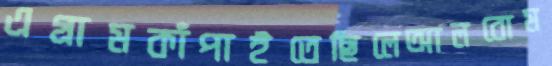
এগ্রামকাঁপাইতেছিলেআলবোম